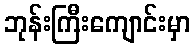
ဘုန်းကြီးကျောင်းမှာ